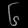
Digit: ၆